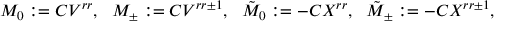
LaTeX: M _ { 0 } : = C V ^ { r r } , \ \ M _ { \pm } : = C V ^ { r r \pm 1 } , \ \ { \tilde { M } } _ { 0 } : = - C X ^ { r r } , \ \ { \tilde { M } } _ { \pm } : = - C X ^ { r r \pm 1 } ,